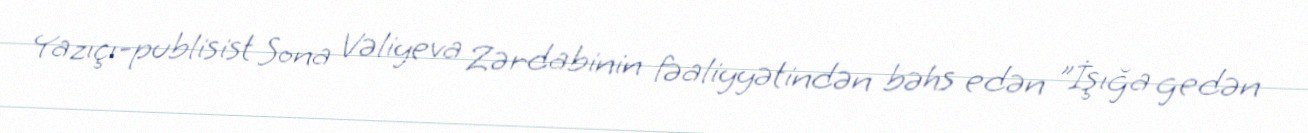
Yazıçı-publisist Sona Vəliyeva Zərdabinin fəaliyyətindən bəhs edən "İşığa gedən